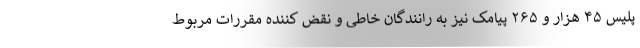
پلیس ۴۵ هزار و ۲۶۵ پیامک نیز به رانندگان خاطی و نقض کننده مقررات مربوط